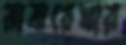
মাঝরেখার